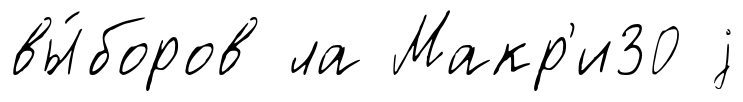
вы́боров ла Макр'и30 j